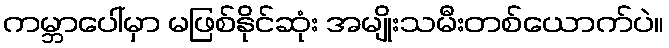
ကမ္ဘာပေါ်မှာ မဖြစ်နိုင်ဆုံး အမျိုးသမီးတစ်ယောက်ပဲ။